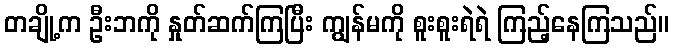
တချို့က ဦးဘကို နှုတ်ဆက်ကြပြီး ကျွန်မကို စူးစူးရဲရဲ ကြည့်နေကြသည်။